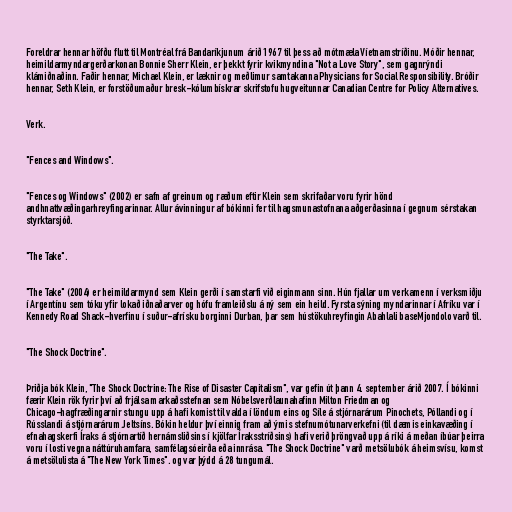
Foreldrar hennar höfðu flutt til Montréal frá Bandaríkjunum árið 1967 til þess að mótmæla Víetnamstríðinu. Móðir hennar,
heimildarmyndargerðarkonan Bonnie Sherr Klein, er þekkt fyrir kvikmyndina "Not a Love Story", sem gagnrýndi
klámiðnaðinn. Faðir hennar, Michael Klein, er læknir og meðlimur samtakanna Physicians for Social Responsibility. Bróðir
hennar, Seth Klein, er forstöðumaður bresk-kólumbískrar skrifstofu hugveitunnar Canadian Centre for Policy Alternatives.

Verk.

"Fences and Windows".

"Fences og Windows" (2002) er safn af greinum og ræðum eftir Klein sem skrifaðar voru fyrir hönd
andhnattvæðingarhreyfingarinnar. Allur ávinningur af bókinni fer til hagsmunastofnana aðgerðasinna í gegnum sérstakan
styrktarsjóð.

"The Take".

"The Take" (2004) er heimildarmynd sem Klein gerði í samstarfi við eiginmann sinn. Hún fjallar um verkamenn í verksmiðju
í Argentínu sem tóku yfir lokað iðnaðarver og hófu framleiðslu á ný sem ein heild. Fyrsta sýning myndarinnar í Afríku var í
Kennedy Road Shack-hverfinu í suður-afrísku borginni Durban, þar sem hústökuhreyfingin Abahlali baseMjondolo varð til.

"The Shock Doctrine".

Þriðja bók Klein, "The Shock Doctrine: The Rise of Disaster Capitalism", var gefin út þann 4. september árið 2007. Í bókinni
færir Klein rök fyrir því að frjálsa markaðsstefnan sem Nóbelsverðlaunahafinn Milton Friedman og
Chicago-hagfræðingarnir stungu upp á hafi komist til valda í löndum eins og Síle á stjórnarárum Pinochets, Póllandi og í
Rússlandi á stjórnarárum Jeltsíns. Bókin heldur því einnig fram að ýmis stefnumótunarverkefni (til dæmis einkavæðing í
efnahagskerfi Íraks á stjórnartíð hernámsliðsins í kjölfar Íraksstríðsins) hafi verið þröngvað upp á ríki á meðan íbúar þeirra
voru í losti vegna náttúruhamfara, samfélagsóeirða eða innrása. "The Shock Doctrine" varð metsölubók á heimsvísu, komst
á metsölulista á "The New York Times". og var þýdd á 28 tungumál.